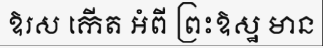
ឱរស កើត អំពី ព្រះឱស្ឋ មាន